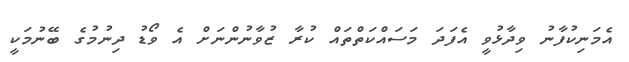
އެމަނިކުފާނު ވިދާޅުވީ އެފަދަ މަސައްކަތްތައް ކުރާ ޒުވާނުންނަށް އެ ވޯޑު ދިނުމުގެ ބޭނުމަކީ